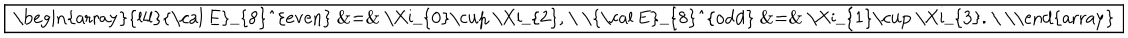
\fbox { \begin{array} { l l l } { { { \cal E } _ { 8 } ^ { e v e n } } } & { { = } } & { { \Xi _ { 0 } \cup \Xi _ { 2 } , } } \\ { { { \cal E } _ { 8 } ^ { o d d } } } & { { = } } & { { \Xi _ { 1 } \cup \Xi _ { 3 } . } } \\ \end{array} }